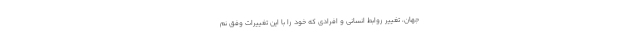
جهان، تغییر روابط انسانی و افرادی که خود را با این تغییرات وفق نم